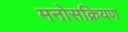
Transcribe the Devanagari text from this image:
मनोसक्रियण